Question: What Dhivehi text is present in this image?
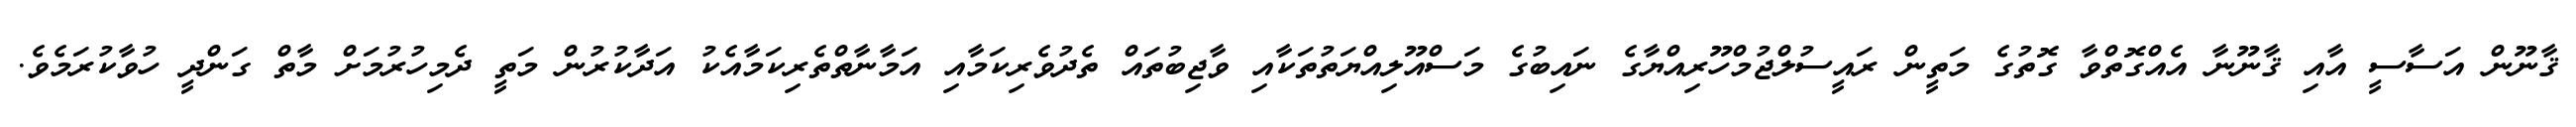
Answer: ޤާނޫން އަސާސީ އާއި ޤާނޫނާ އެއްގޮތްވާ ގޮތުގެ މަތީން ރައީސުލްޖުމްހޫރިއްޔާގެ ނައިބުގެ މަސްއޫލިއްޔަތުތަކާއި ވާޖިބުތައް ތެދުވެރިކަމާއި އަމާނާތްތެރިކަމާއެކު އަދާކުރުން މަތީ ދެމިހުރުމަށް މާތް ގަންދީ ހުވާކުރަމެވެ.